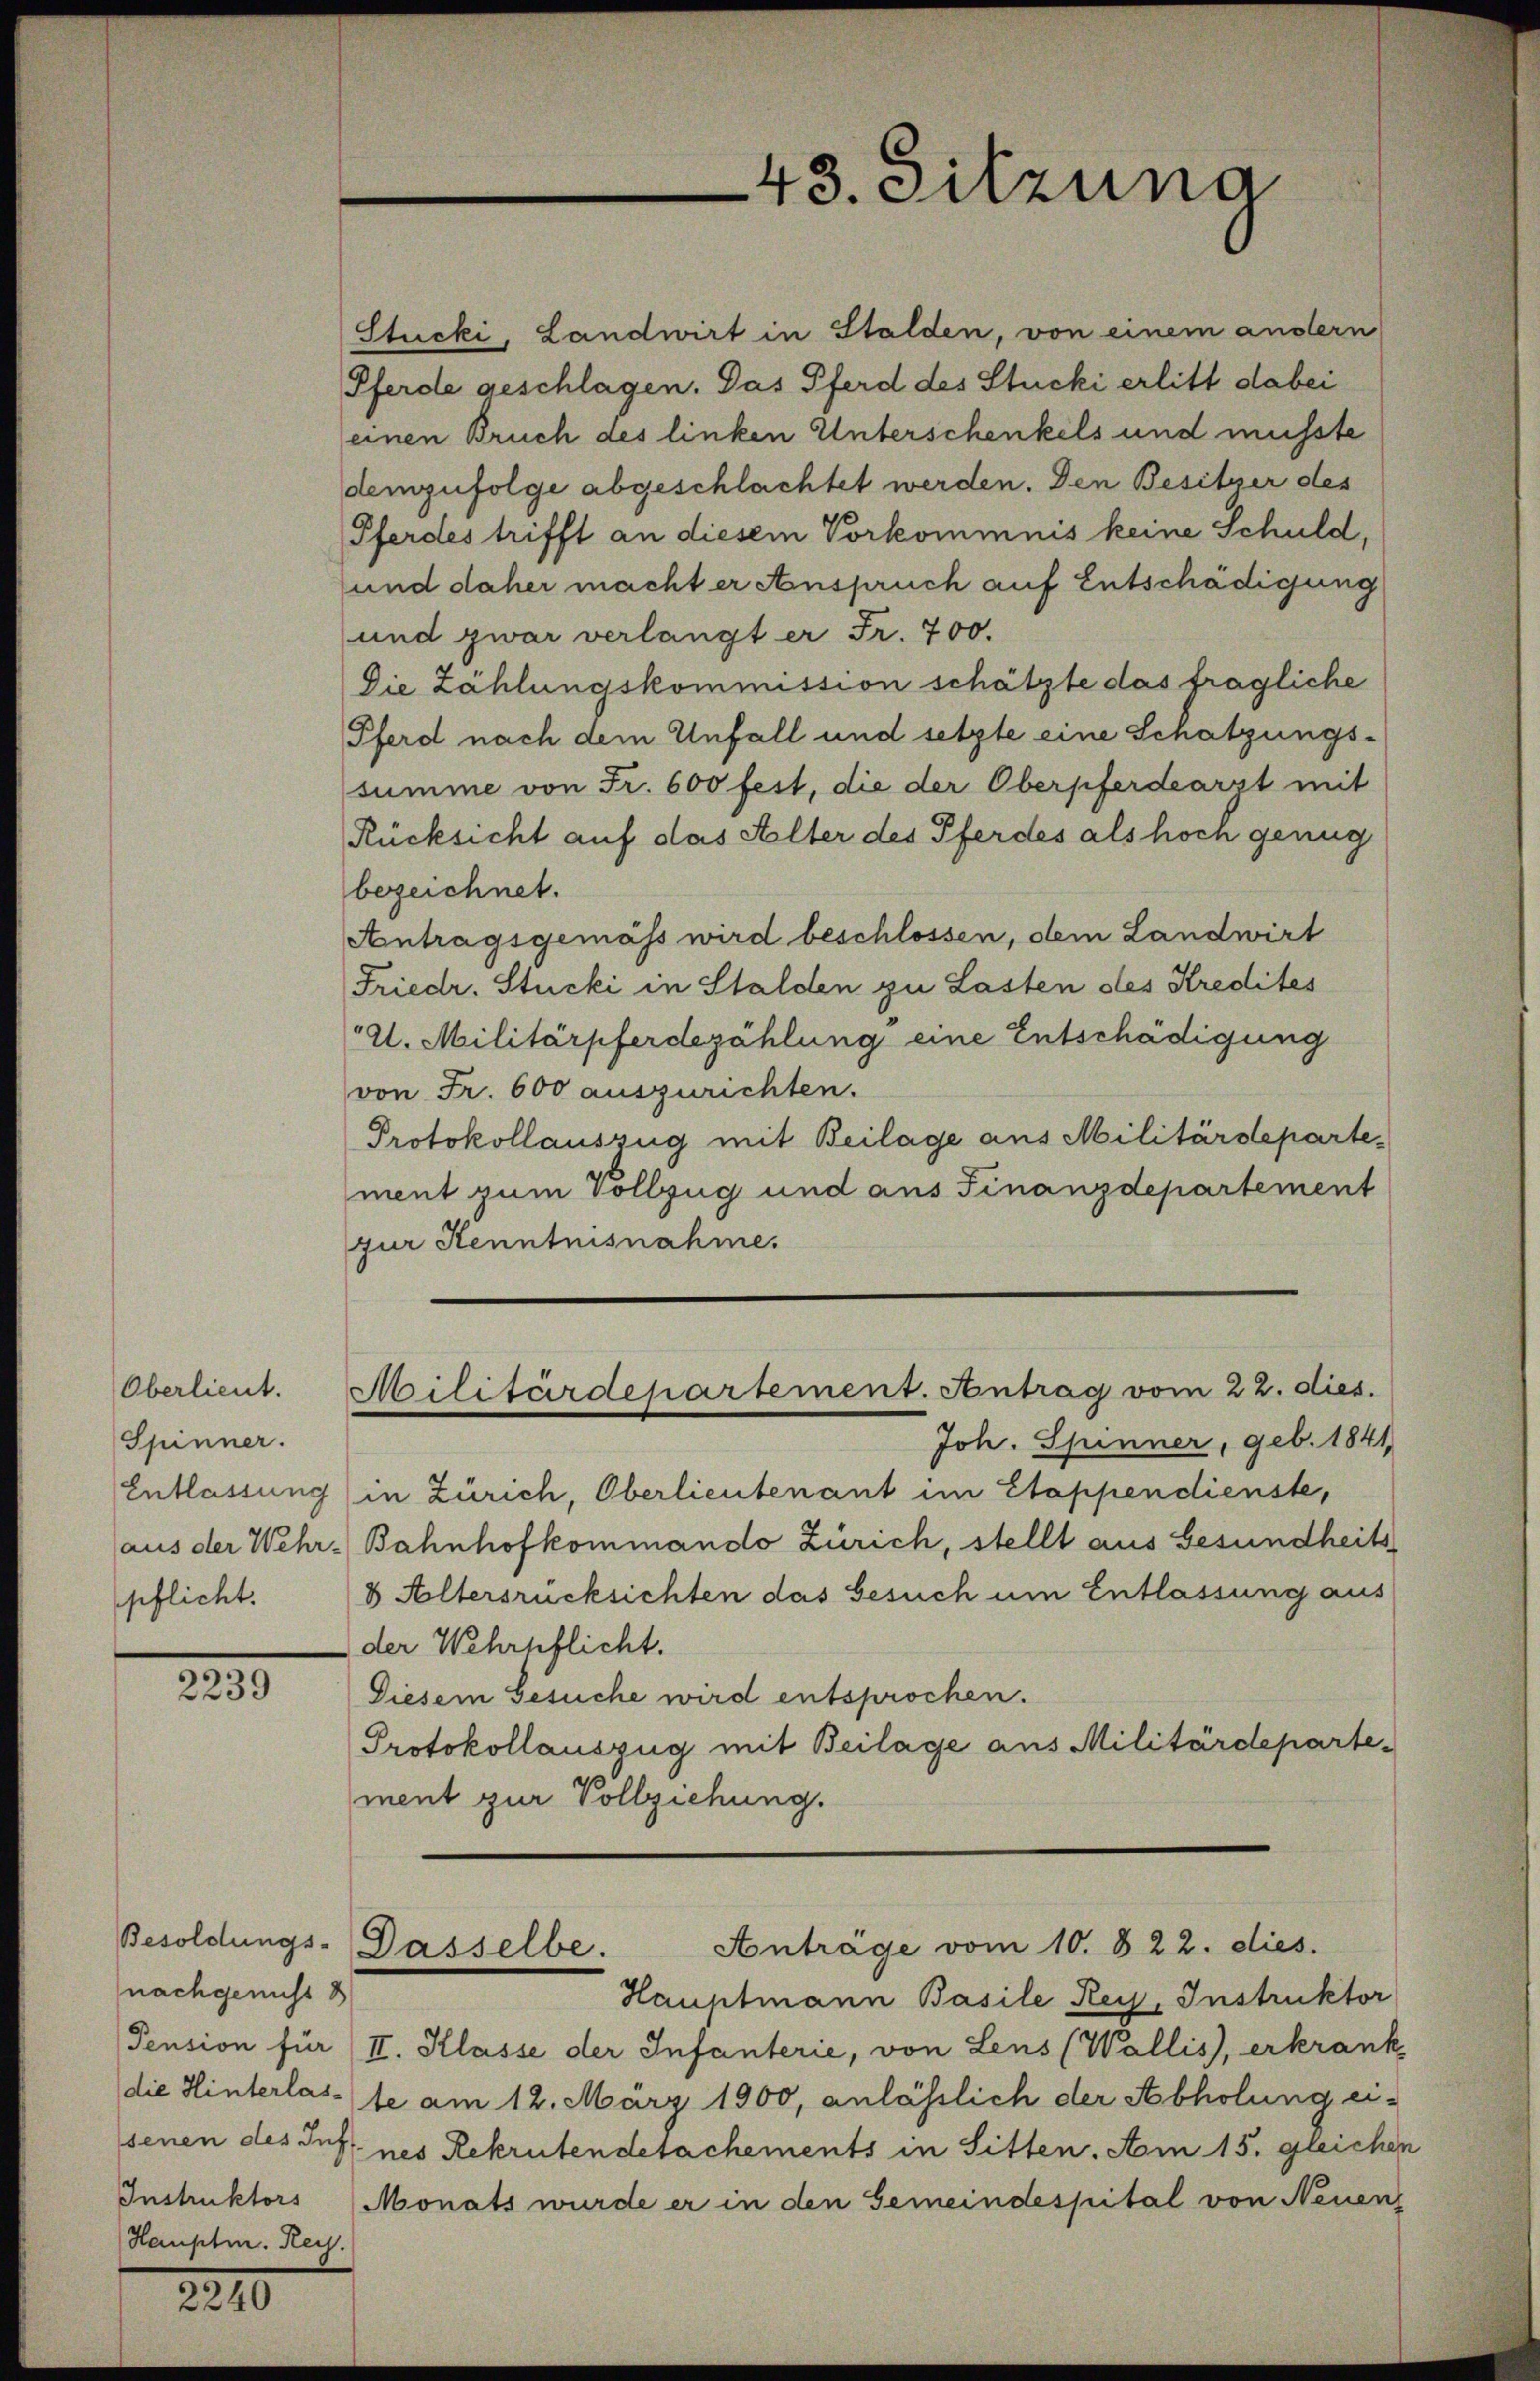
43. Sitzuna

Stucki, Landwirt in Stalden, von einem andern
Pferde geschlagen. Das Pferd des Stucki erlitt dabei
einen Bruch des linken Unterschenkels und musste
demzufolge abgeschlachtet werden. Den Besitzer des
Pferdes trifft an diesem Vorkommnis keine Schuld,
und daher macht er Anspruch auf Entschädigung
und zwar verlangt er Fr. 700.
Die Zählungskommission schätzte das fragliche
Pferd nach dem Unfall und setzte eine Schatzungssumme von Fr. 600 fest, die der Oberpferdearzt mit
Rücksicht auf das Alter des Pferdes als hoch genug
bezeichnet.
Antragsgemäss wird beschlossen, dem Landwirt
Friedr. Stucki in Stalden zu Lasten des Kredites
21. Militärpferdezählung eine Entschädigung
von Fr. 600 auszurichten.
Protokollauszug mit Beilage aus Militärdepartement zum Vollzug und aus Finanzdepartement
zur Kenntnisnahme.
Militärdepartement. Antrag vom 22. dies.
Joh. Spinner, geb. 1841
in Zürich, Oberlieutenant im Etappendienste,
Bahnhofkommando Zürich, stellt aus Gesundheits
8 Altersrücksichten das Gesuch um Entlassung aus
der Wehrpflicht.
Diesem Gesuche wird entsprochen.
Protokollauszug mit Beilage aus Militärdepartement zur Vollziehung.
Anträge vom 10. 822. dies.
Dasselbe.
Hauptmann Basile Rey, Instruktor
II. Klasse der Infanterie, von Leus (Wallis, erkrank
(die Hinterlasse am 12. März 1900, anlässlich der Abholung eisenen des Jes. nes Rekrutendesachements in Sitten. Am 15. gleichen
Monats wurde er in den Gemeindespital von Neuen

Oberlieut.
Spinner.
Entlassung
(aus der Wehr-
spflicht.

2239

Besoldungs-
nachgenuss d
Pension für
Instruktors
Hauptm. Keis.

2210